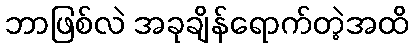
ဘာဖြစ်လဲ အခုချိန်ရောက်တဲ့အထိ